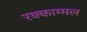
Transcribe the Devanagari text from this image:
रक्काम्मल